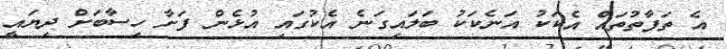
އެ ތަފާތުތައް އެކަކު އަނެކަކު ބަލައިގަނެ އެކުގައި އުޅެން ފަށާ ހިސާބަށް ދިޔައީ